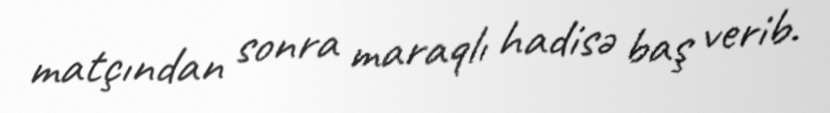
matçından sonra maraqlı hadisə baş verib.